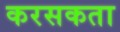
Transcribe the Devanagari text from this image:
करसकता